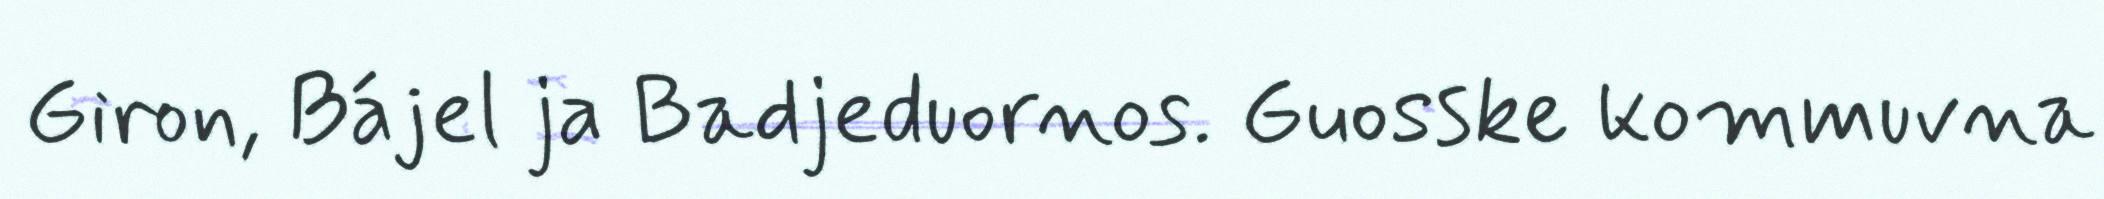
Giron, Bájel ja Badjeduornos. Guosske kommuvna